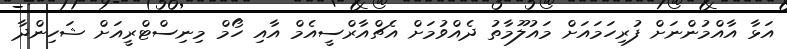
އަޅާ އާއްމުންނަށް ފުރިހަމައަށް މައުލޫމާތު ދެއްވުމަށް އެޗްއާރްސީއެމް އާއި ހޯމް މިނިސްޓްރީއަށް ޝަހިންދާ